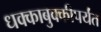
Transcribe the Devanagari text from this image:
धक्काबुक्कीपर्यंत